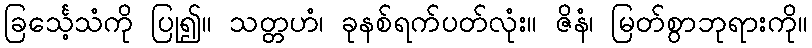
ခြင်္သေ့သံကို ပြု၍။ သတ္တဟံ၊ ခုနစ်ရက်ပတ်လုံး။ ဇိနံ၊ မြတ်စွာဘုရားကို။